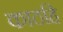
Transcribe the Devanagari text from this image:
काठहि